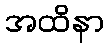
အထိနာ